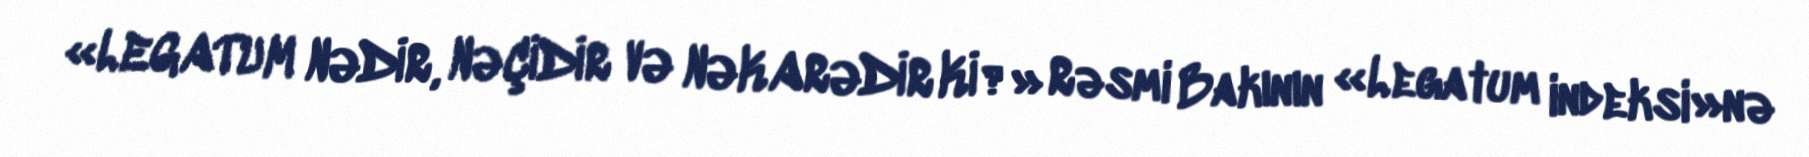
«LEGATUM NƏDİR, NƏÇİDİR VƏ NƏKARƏDİR Kİ?» Rəsmi Bakının «Legatum indeksi»nə